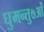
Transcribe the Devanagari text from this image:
घुमन्तु७ओं